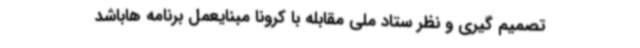
تصمیم گیری و نظر ستاد ملی مقابله با کرونا مبنایعمل برنامه هاباشد